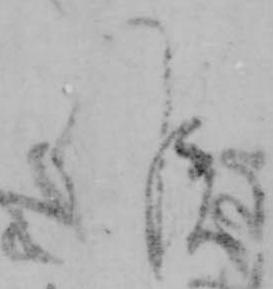
候